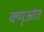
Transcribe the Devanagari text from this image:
क्य्पृओत